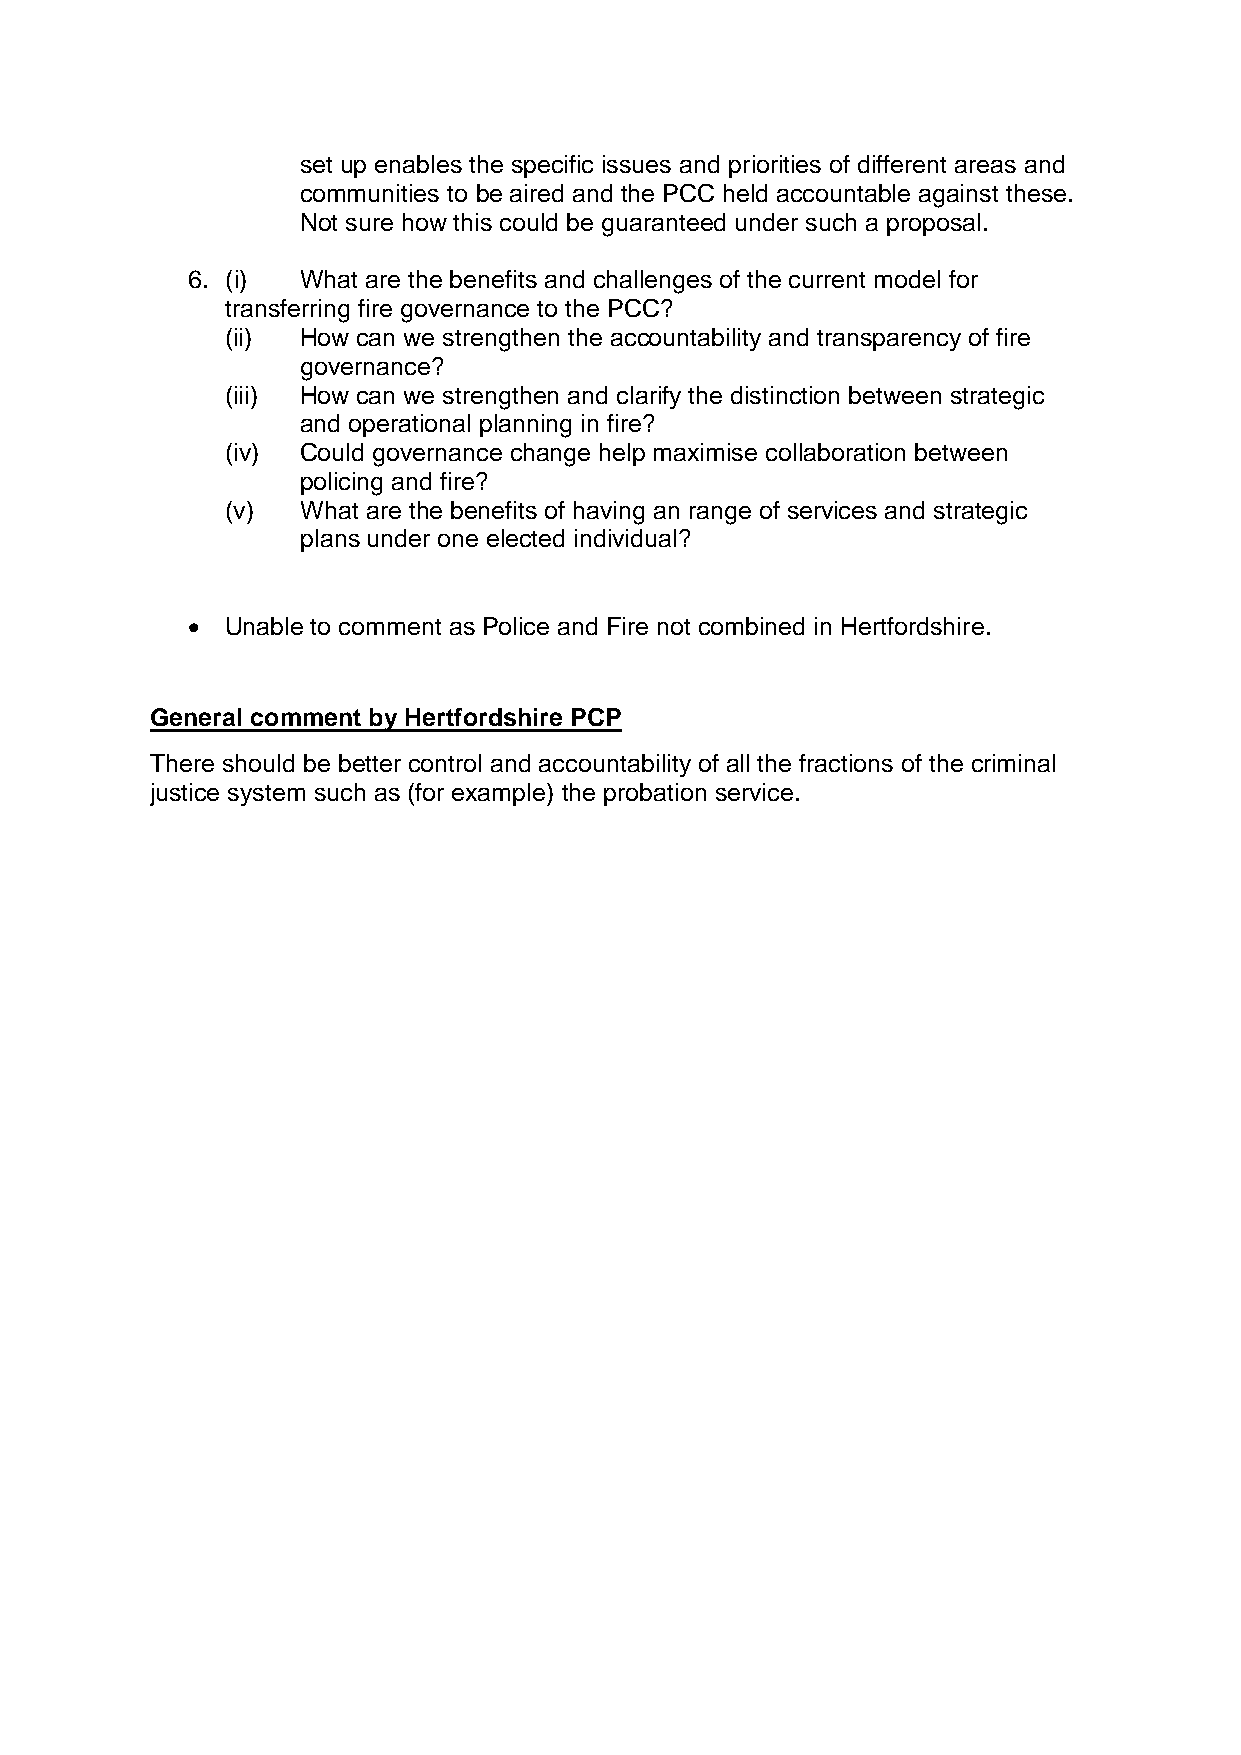
set up enables the specific issues and priorities of different areas and
 communities to be aired and the PCC held accountable against these.
 Not sure how this could be guaranteed under such a proposal.
 6. (i)  What are the benefits and challenges of the current model for
 transferring fire governance to the PCC?
 (ii) How can we strengthen the accountability and transparency of fire
 governance?
 (iii) How can we strengthen and clarify the distinction between strategic
 and operational planning in fire?
 (iv) Could governance change help maximise collaboration between
 policing and fire?
 (v)  What are the benefits of having an range of services and strategic
 plans under one elected individual?
   Unable to comment as Police and Fire not combined in Hertfordshire.
 General comment by Hertfordshire PCP
 There should be better control and accountability of all the fractions of the criminal
 justice system such as (for example) the probation service.